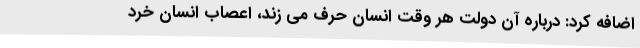
اضافه کرد: درباره آن دولت هر وقت انسان حرف می زند، اعصاب انسان خرد